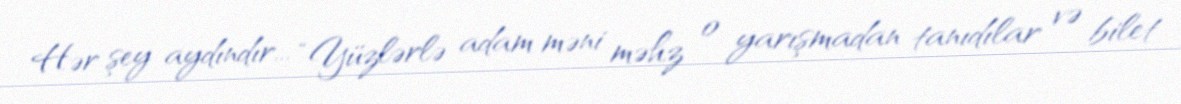
Hər şey aydındır... “Yüzlərlə adam məni məhz o yarışmadan tanıdılar və bilet